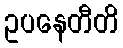
ဥပနေတီတိ